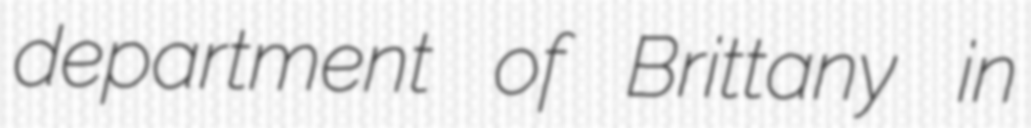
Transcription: department of Brittany in